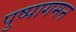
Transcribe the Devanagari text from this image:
पुष्पागमन